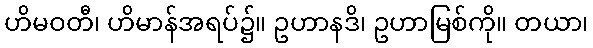
ဟိမဝတီ၊ ဟိမာန်အရပ်၌။ ဥဟာနဒိ၊ ဥဟာမြစ်ကို။ တယာ၊